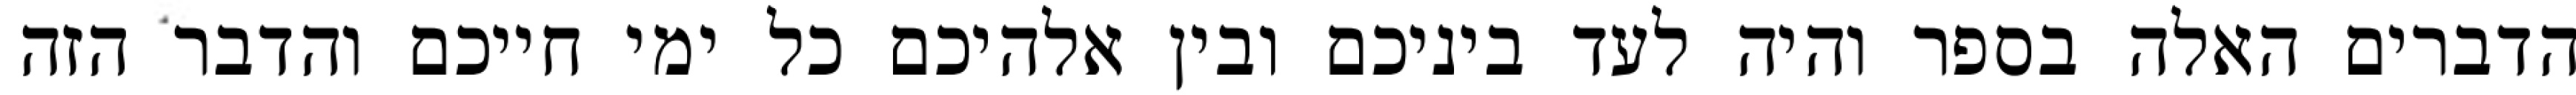
הדברים האלה בספר והיה לעד ביניכם ובין אלהיכם כל ימי חייכם והדבר הזה